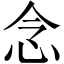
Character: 念